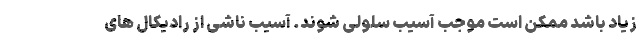
زیاد باشد ممکن است موجب آسیب سلولی شوند. آسیب ناشی از رادیکال های